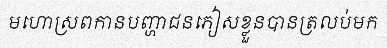
មហោស្រពកានបញ្ហាជនភៀសខ្លួនបានត្រលប់មក